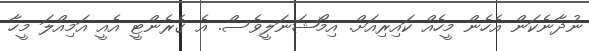
ނުދާނެކަން އެހެން މީހެއް ކައިރިއަށް. އިމޯޝަނަލީވެސް. އެ ގެރެންޓީ އެއީ އަމިއްލަ މީހާ